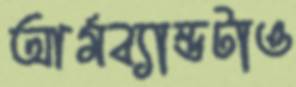
আর্মব্যান্ডটাও